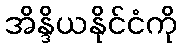
အိန္ဒိယနိုင်ငံကို